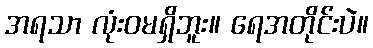
အရသာ လုံးဝမရှိဘူး။ ရေအတိုင်းပဲ။